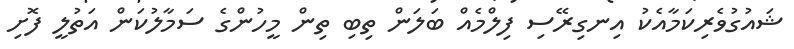
ޝައުގުވެރިކަމާއެކު އިނގިރޭސި ފިލްމެއް ބަލަން ތިބި ތިން މީހުންގެ ސަމާލުކަން އަތުލީ ފޮށި